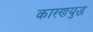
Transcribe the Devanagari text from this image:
कारणयुद्ध